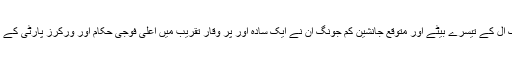
سرکاری ٹی وی کی خبر میں بتایا گیا کہ کِم جونگ اِل کے تیسرے بیٹے اور متوقع جانشین کِم جونگ اُن نے ایک سادہ اور پر وقار تقریب میں اعلٰی فوجی حکام اور ورکرز پارٹی کے عہدیداروں کے ساتھ اپنے آنجہانی والد کا دیدار کیا۔